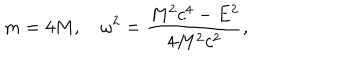
m = 4 M , \quad \omega ^ { 2 } = \frac { M ^ { 2 } c ^ { 4 } - E ^ { 2 } } { 4 M ^ { 2 } c ^ { 2 } } ,